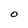
Character: O